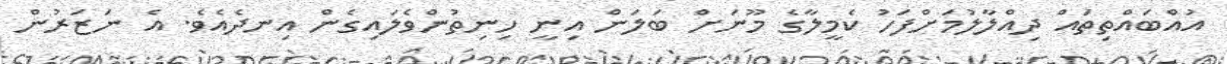
އުއްބައްތިތައް ދިއްލާލުމަށްފަހު ކެމީލާގެ މޫނަށް ބަލަން އިނީ ހިނިތުންވެލައިގެން އިނދެއެވެ. އެ ނަޒަރުން